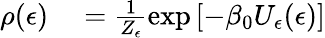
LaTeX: \begin{array}{rl}{\rho(\epsilon)}&{{}=\frac{1}{Z_{\epsilon}}\exp\left[-\beta_{0}U_{\epsilon}(\epsilon)\right]}\end{array}